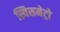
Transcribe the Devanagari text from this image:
स्विसमेट्रो